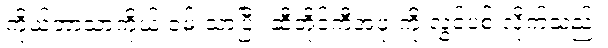
ကိုယ့်ဘာသာကိုယ် ဝမ်းသာပြီး ဆီတိုင်ကီအဖုံးကို လွှင့်ပစ် လိုက်သည်။